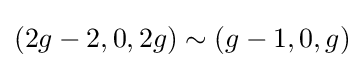
(2g-2,0,2g)\sim (g-1,0,g)